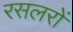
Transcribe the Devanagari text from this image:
रसलरों